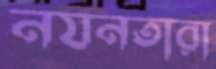
নযনতারা